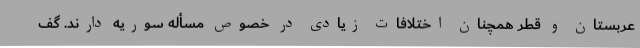
عربستان و قطر همچنان اختلافات زیادی در خصوص مسأله سوریه دارند. گف